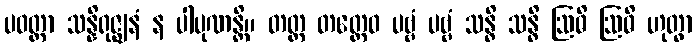
ပဝတ္တာ သန္နိရုဇ္ဈနံ န ပါပုဏန္တိ။ တတ္ထ တတ္ထေဝ ပဗ္ဗံ ပဗ္ဗံ သန္ဓိ သန္ဓိ ဩဓိ ဩဓိ ဟုတွာ